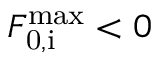
F _ { \mathrm { 0 , i } } ^ { \mathrm { m a x } } < 0